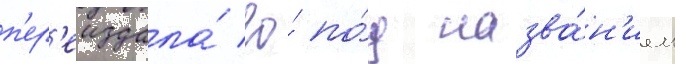
п'ер'еиздала́ ео́ по́д назва́н'ием